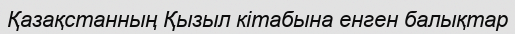
Қазақстанның Қызыл кітабына енген балықтар